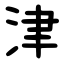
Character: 津